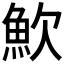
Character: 𩵢